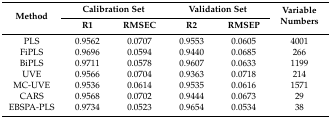
<table><thead><tr><td rowspan="2"><b>Method</b></td><td colspan="2"><b>Calibration Set</b></td><td colspan="2"><b>Validation Set</b></td><td rowspan="2"><b>Variable Numbers</b></td></tr><tr><td><b>R1</b></td><td><b>RMSEC</b></td><td><b>R2</b></td><td><b>RMSEP</b></td></tr></thead><tbody><tr><td>PLS</td><td>0.9562</td><td>0.0707</td><td>0.9553</td><td>0.0605</td><td>4001</td></tr><tr><td>FiPLS</td><td>0.9696</td><td>0.0594</td><td>0.9440</td><td>0.0685</td><td>266</td></tr><tr><td>BiPLS</td><td>0.9711</td><td>0.0578</td><td>0.9607</td><td>0.0633</td><td>1199</td></tr><tr><td>UVE</td><td>0.9566</td><td>0.0704</td><td>0.9363</td><td>0.0718</td><td>214</td></tr><tr><td>MC-UVE</td><td>0.9536</td><td>0.0614</td><td>0.9535</td><td>0.0616</td><td>1571</td></tr><tr><td>CARS</td><td>0.9568</td><td>0.0702</td><td>0.9444</td><td>0.0673</td><td>29</td></tr><tr><td>EBSPA-PLS</td><td>0.9734</td><td>0.0523</td><td>0.9654</td><td>0.0534</td><td>38</td></tr></tbody></table>